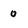
Character: 0